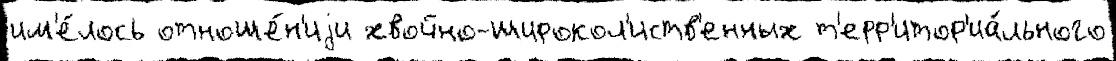
им'е́лось отноше́н'иjи хвойно-широкол'иств'енных т'ерр'итор'иа́льного